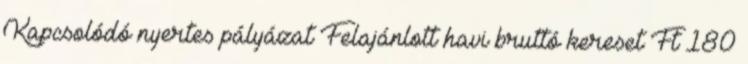
Kapcsolódó nyertes pályázat Felajánlott havi bruttó kereset Ft 180